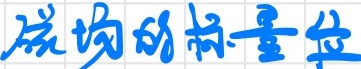
磁场的标量位